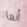
أنها